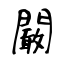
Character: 闞